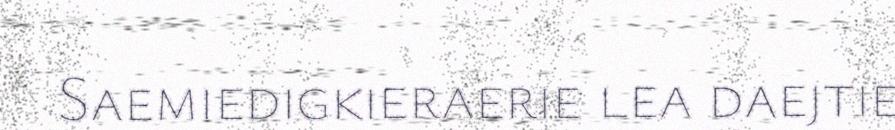
Saemiedigkieraerie lea daejtie